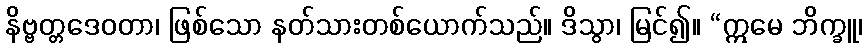
နိဗ္ဗတ္တဒေဝတာ၊ ဖြစ်သော နတ်သားတစ်ယောက်သည်။ ဒိသွာ၊ မြင်၍။ “ဣမေ ဘိက္ခူ၊